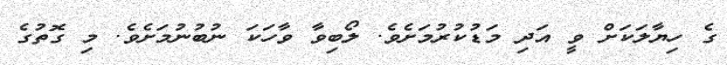
ގެ ހިޔާލަކަށް ވީ އަދި މަޑުކުރުމަށެވެ. ލޯބިވާ ވާހަކަ ނުބުނުމަށެވެ. މި ގޮތުގެ